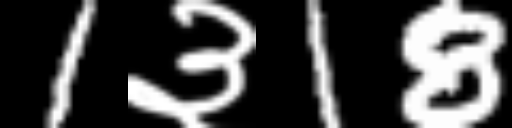
Text: 1३18